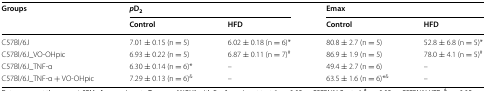
<table><thead><tr><td rowspan="2"><b>Groups</b></td><td colspan="2"><b><i>p</i>D<sub>2</sub></b></td><td colspan="2"><b>Emax</b></td></tr><tr><td><b>Control</b></td><td><b>HFD</b></td><td><b>Control</b></td><td><b>HFD</b></td></tr></thead><tbody><tr><td>C57Bl/6J</td><td>7.01 ± 0.15 (n = 5)</td><td>6.02 ± 0.18 (n = 6)*</td><td>80.8 ± 2.7 (n = 5)</td><td>52.8 ± 6.8 (n = 5)*</td></tr><tr><td>C57Bl/6J_VO-OHpic</td><td>6.93 ± 0.22 (n = 5)</td><td>6.87 ± 0.11 (n = 7)<sup>#</sup></td><td>86.9 ± 1.9 (n = 5)</td><td>78.0 ± 4.1 (n = 5)<sup>#</sup></td></tr><tr><td>C57Bl/6J_TNF-α</td><td>6.30 ± 0.14 (n = 6)*</td><td>–</td><td>49.4 ± 2.7 (n = 6)</td><td>–</td></tr><tr><td>C57Bl/6J_TNF-α + VO-OHpic</td><td>7.29 ± 0.13 (n = 6)<sup>&amp;</sup></td><td>–</td><td>63.5 ± 1.6 (n = 6)*<sup>&amp;</sup></td><td>–</td></tr></tbody></table>